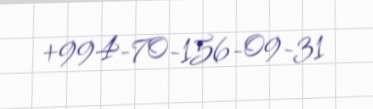
+994-70-156-09-31